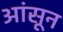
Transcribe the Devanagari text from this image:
आंसून